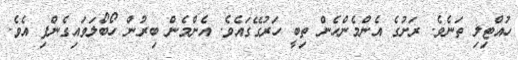
ހުއްޓިލި ތަނެވެ. ރަށުގެ އެންމެންހެން ތިބީ ހަރުގޭގައެވެ. އެންމެން ބިރުން ހޯބޯލަވައިގެންފި އެވެ.